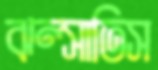
ঝল্‌সাতিস